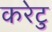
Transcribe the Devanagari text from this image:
करेटु